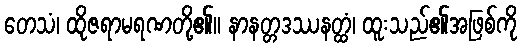
တေသံ၊ ထိုဇရာမရဏတို့၏။ နာနတ္တဒဿနတ္ထံ၊ ထူးသည်၏အဖြစ်ကို